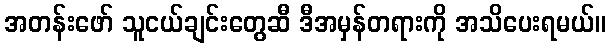
အတန်းဖော် သူငယ်ချင်းတွေဆီ ဒီအမှန်တရားကို အသိပေးရမယ်။